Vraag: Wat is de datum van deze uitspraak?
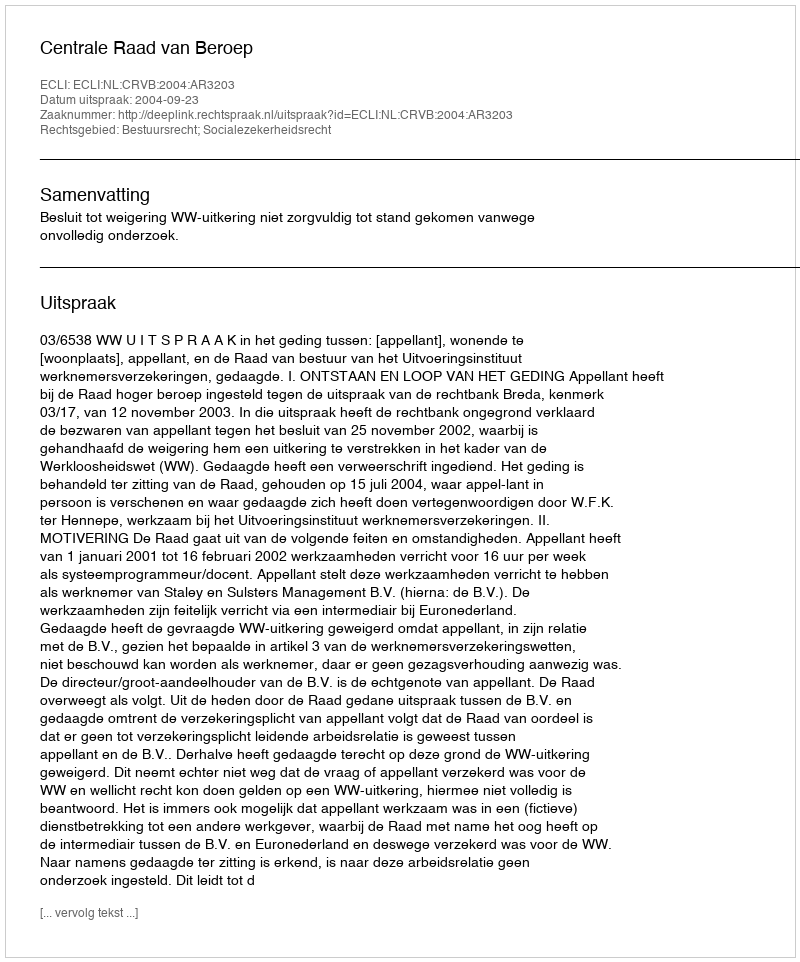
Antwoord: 2004-09-23